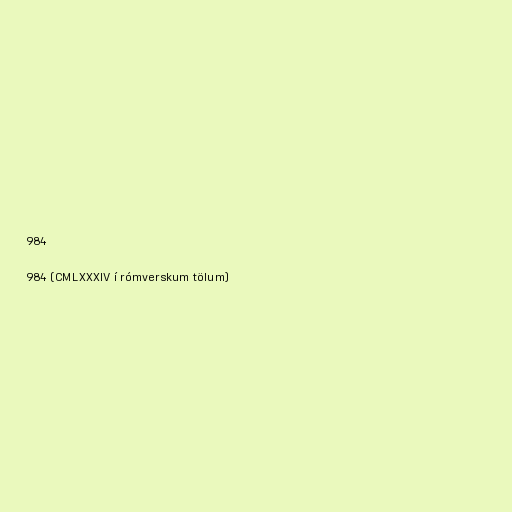
984

984 (CMLXXXIV í rómverskum tölum)